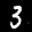
Label: 3